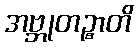
အဗ္ဘုတဉ္စာတိ